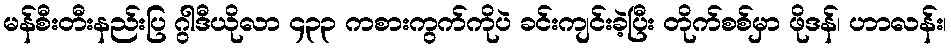
မန်စီးတီးနည်းပြ ဂွါဒီယိုလာ ၄၃၃ ကစားကွက်ကိုပဲ ခင်းကျင်းခဲ့ပြီး တိုက်စစ်မှာ ဖိုဒန်၊ ဟာလန်း၊